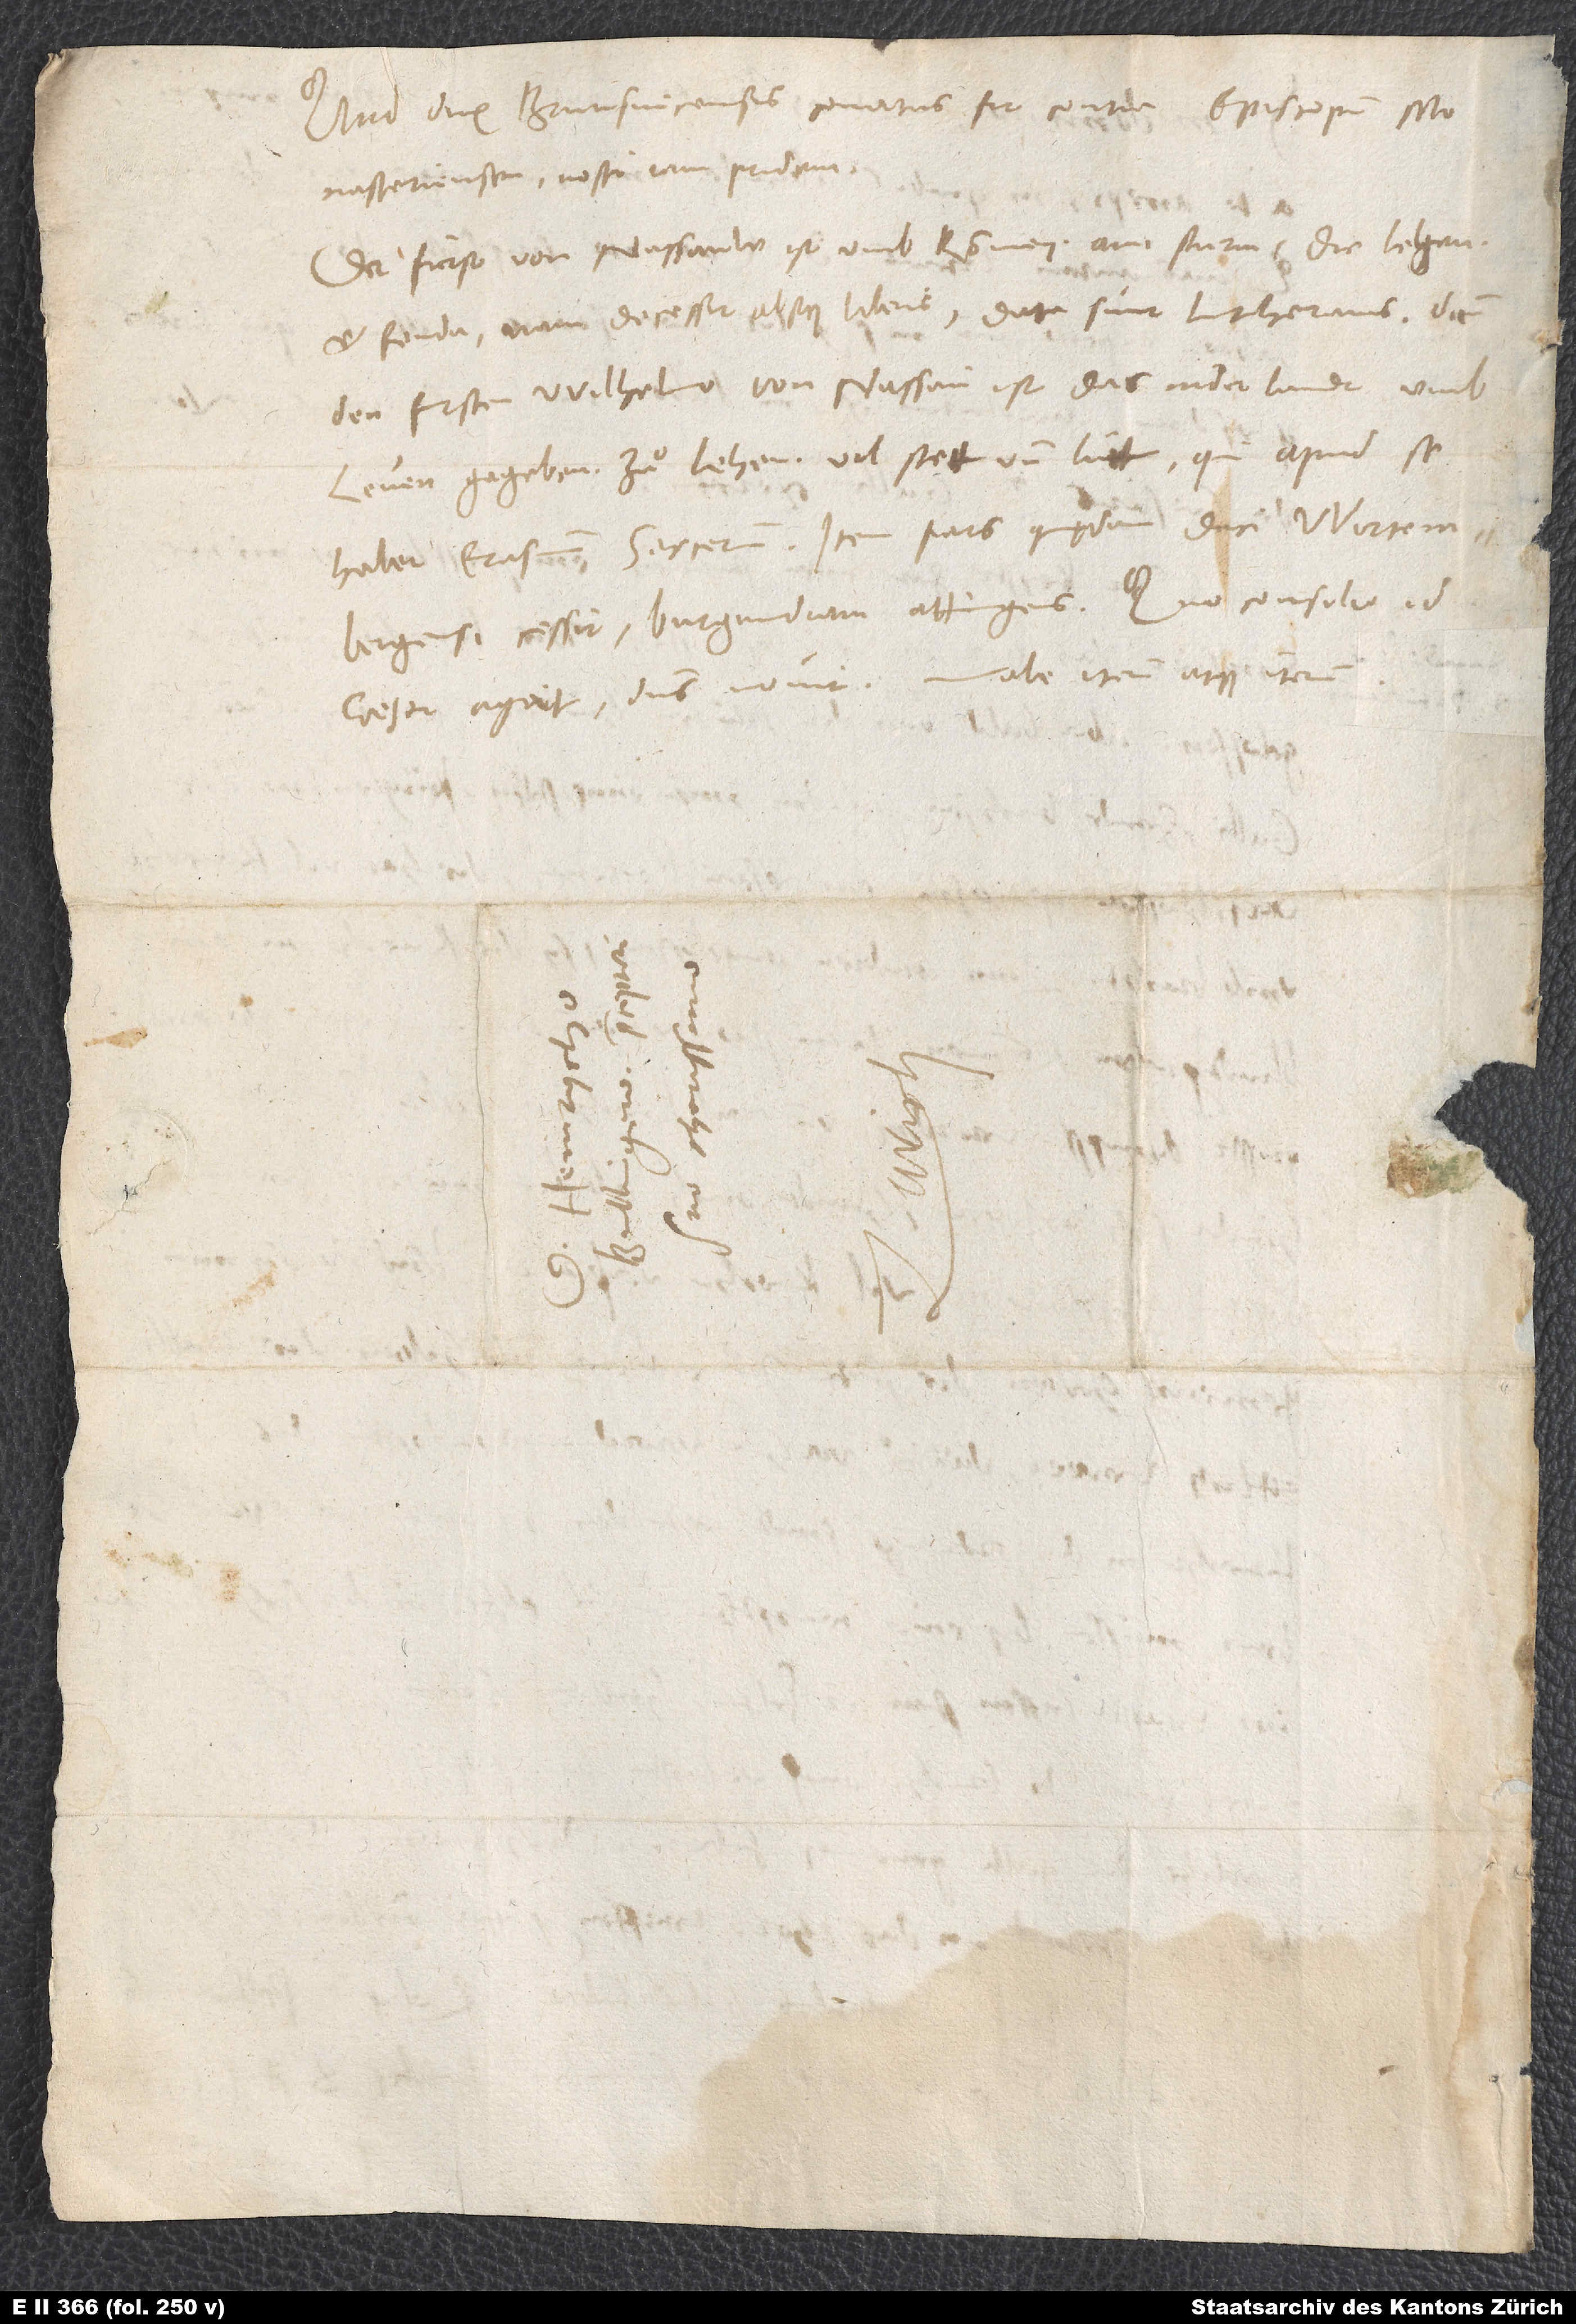
Quid dux Brunsvicensis conatus sit contra episcopum
Monasteriensem, nosti iam pridem.
Der fürst von Nassauw ist umb kommen am sturm; die lehen
et feuda - nam decessit absque liberis - data sunt Lutheranis, dann
den fursten Wilhelmo von Nassau ist das nider landt umb
Leuen gegeben zuͦ lehen, vil stett und lütt, qui apud se
habet Erasmum Sarcerum; item pars quędam duci Wirtembergensi
cessit Burgundiam attingens. Quo consilio id